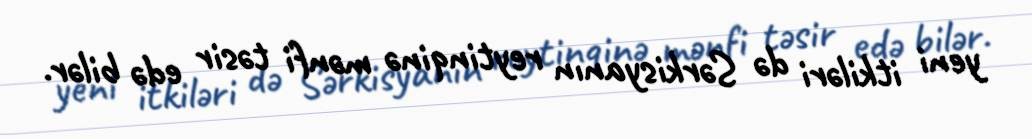
yeni itkiləri də Sərkisyanın reytinqinə mənfi təsir edə bilər.